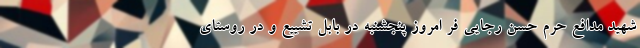
شهید مدافع حرم حسن رجایی فر امروز پنجشنبه در بابل تشییع و در روستای